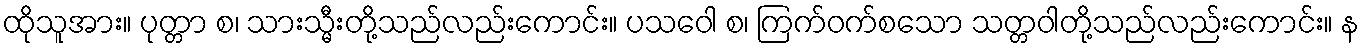
ထိုသူအား။ ပုတ္တာ စ၊ သားသ္မီးတို့သည်လည်းကောင်း။ ပသဝေါ စ၊ ကြက်ဝက်စသော သတ္တဝါတို့သည်လည်းကောင်း။ န